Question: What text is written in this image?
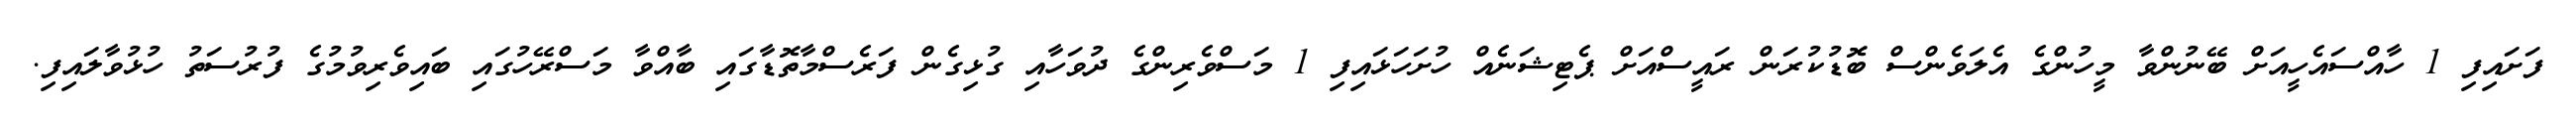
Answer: ފަށައިފި 1 ހާއްސައެހީއަށް ބޭނުންވާ މީހުންގެ އެލަވެންސް ބޮޑުކުރަން ރައީސްއަށް ޕެޓިޝަނެއް ހުށަހަޅައިފި 1 މަސްވެރިންގެ ދުވަހާއި ގުޅިގެން ފަރެސްމާތޮޑާގައި ބާއްވާ މަސްރޭހުގައި ބައިވެރިވުމުގެ ފުރުސަތު ހުޅުވާލައިފި.